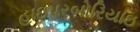
હાઇપરબોરિયાઇ